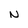
Character: N